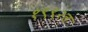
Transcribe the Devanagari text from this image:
१९९२त